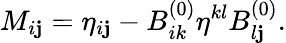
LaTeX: M_{i\mathbf{j}}=\eta_{i\mathbf{j}}-B_{ik}^{(0)}\eta^{kl}B_{l\mathbf{j}}^{(0)}.